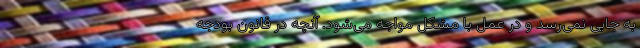
به جایی نمی‌رسد و در عمل با مشکل مواجه می‌شود. آنچه در قانون بودجه